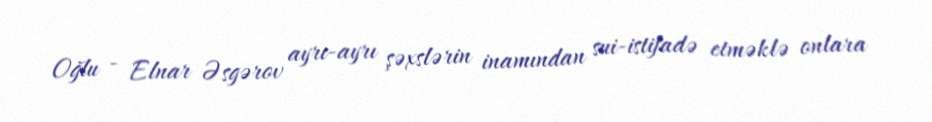
Oğlu - Elnar Əsgərov ayrı-ayrı şəxslərin inamından sui-istifadə etməklə onlara